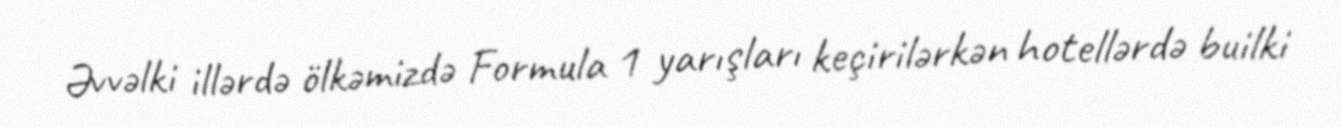
Əvvəlki illərdə ölkəmizdə Formula 1 yarışları keçirilərkən hotellərdə builki